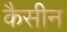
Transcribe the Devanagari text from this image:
कैसीन